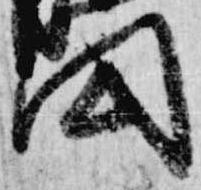
円